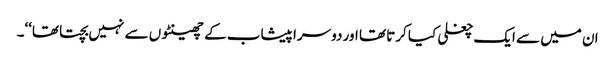
ان میں سے ایک چغلی کیا کرتا تھا اور دوسرا پیشاب کے چھینٹوں سے نہیں بچتا تھا‘‘۔